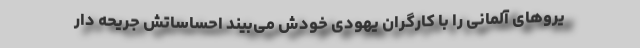
یروهای آلمانی را با کارگران یهودی خودش می‌بیند احساساتش جریحه دار